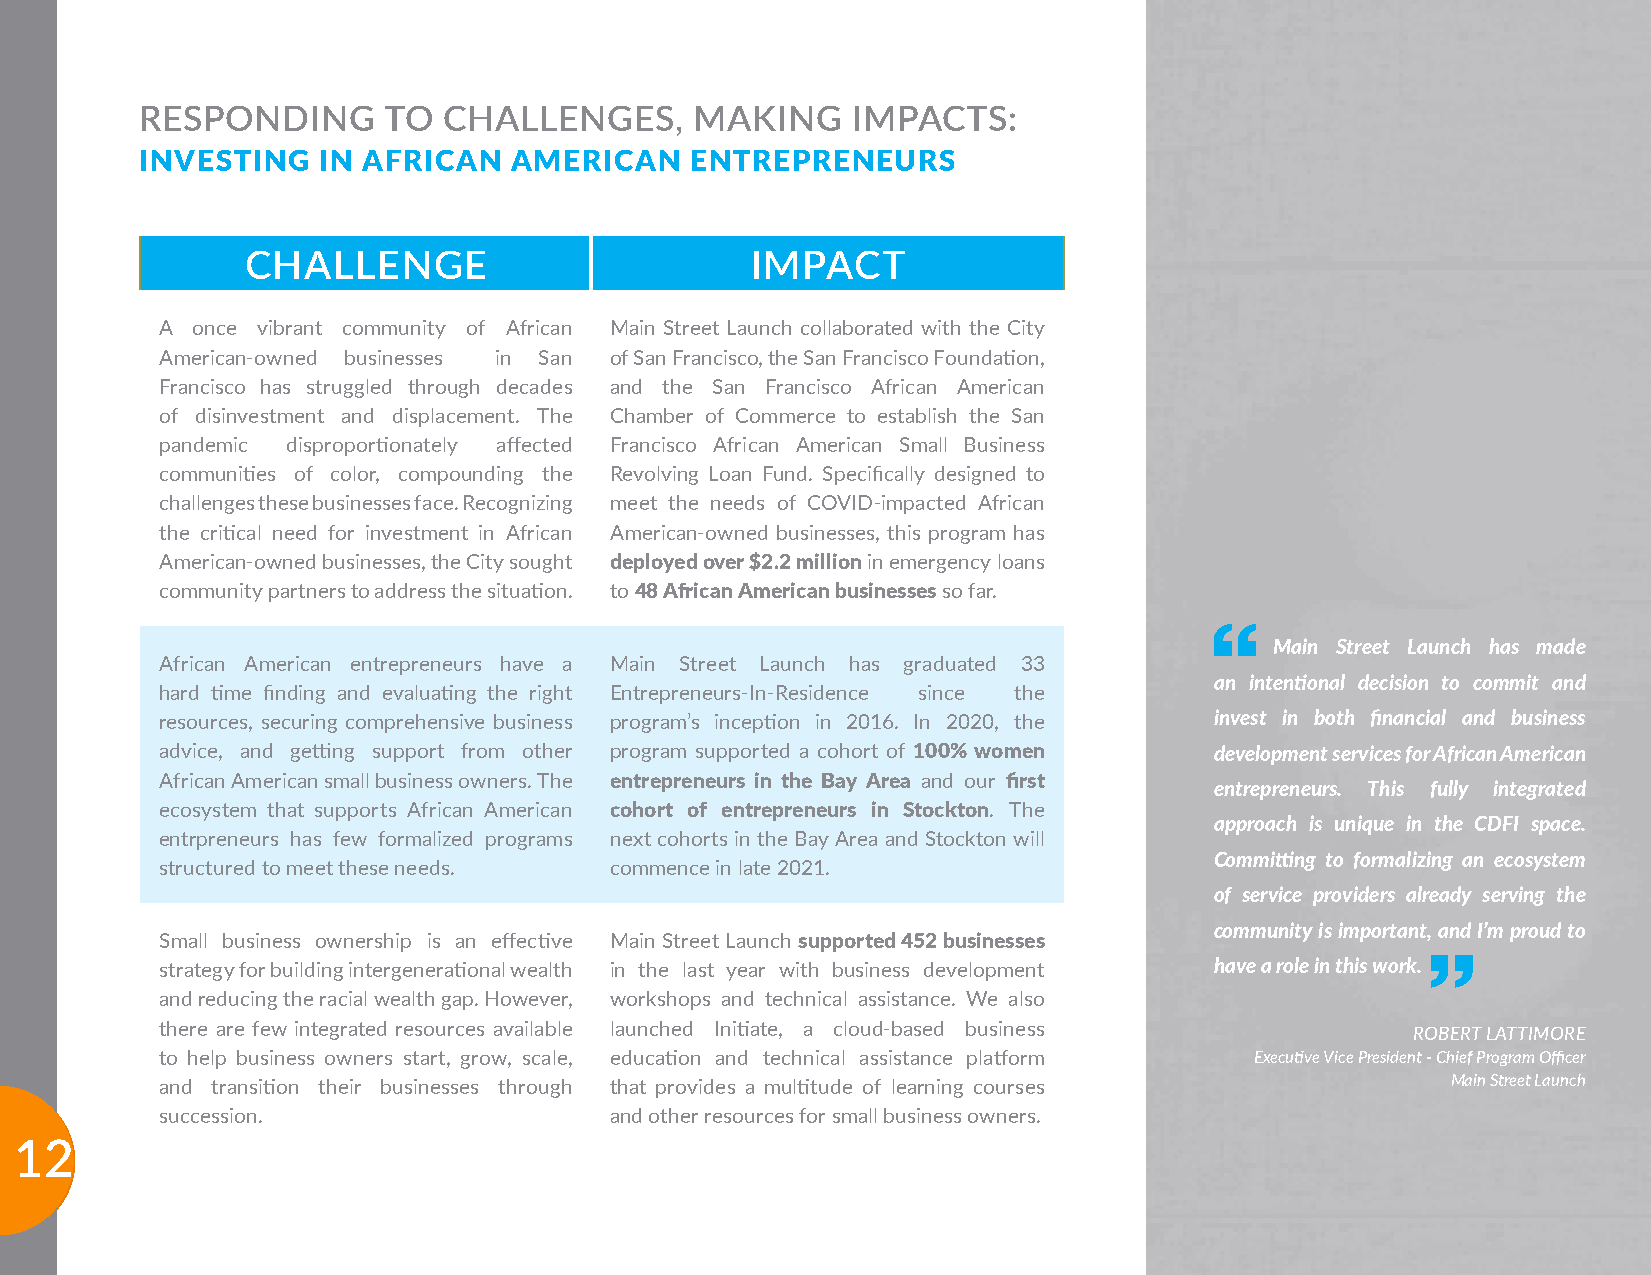
RESPONDING      TO  CHALLENGES,      MAKING    IMPACTS:
 INVESTING   IN AFRICAN   AMERICAN    ENTREPRENEURS
 CHALLENGE                         IMPACT
 A once vibrant community of African Main Street Launch collaborated with the City
 American-owned businesses in San of San Francisco, the San Francisco Foundation,
 Francisco has struggled through decades and the San Francisco African American
 of disinvestment and displacement. The Chamber of Commerce to establish the San
 pandemic disproportionately affected Francisco African American Small Business
 communities of color, compounding the Revolving Loan Fund. Specifically designed to
 challenges these businesses face. Recognizing meet the needs of COVID-impacted African
 the critical need for investment in African American-owned businesses, this program has
 American-owned businesses, the City sought deployed over $2.2 million in emergency loans
 community partners to address the situation. to 48 African American businesses so far.
 Main Street Launch has made
 African American entrepreneurs have a Main Street Launch has graduated 33
 an intentional decision to commit and
 hard time finding and evaluating the right Entrepreneurs-In-Residence since the
 resources, securing comprehensive business program’s inception in 2016. In 2020, the invest in both financial and business
 advice, and getting support from other program supported a cohort of 100% women development services for African American
 African American small business owners. The entrepreneurs in the Bay Area and our first
 entrepreneurs. This fully integrated
 ecosystem that supports African American cohort of entrepreneurs in Stockton. The
 approach is unique in the CDFI space.
 entrpreneurs has few formalized programs next cohorts in the Bay Area and Stockton will
 Committing to formalizing an ecosystem
 structured to meet these needs. commence in late 2021.
 of service providers already serving the
 community is important, and I’m proud to
 Small business ownership is an effective Main Street Launch supported 452 businesses
 strategy for building intergenerational wealth in the last year with business development have a role in this work.
 and reducing the racial wealth gap. However, workshops and technical assistance. We also
 there are few integrated resources available launched Initiate, a cloud-based business ROBERT LATTIMORE
 to help business owners start, grow, scale, education and technical assistance platform Executive Vice President - Chief Program Officer
 and transition their businesses through that provides a multitude of learning courses Main Street Launch
 succession.                  and other resources for small business owners.
 12
 12